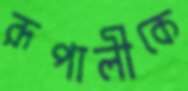
রূপালীকে